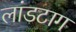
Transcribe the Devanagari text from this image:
लांडटाग